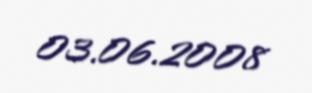
03.06.2008